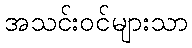
အသင်းဝင်များသာ